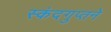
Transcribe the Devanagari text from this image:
स्कंदगुप्तने